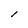
Character: l